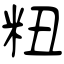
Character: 粈